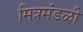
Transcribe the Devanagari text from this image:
मित्रमंडळी